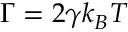
\Gamma = 2 \gamma k _ { B } T